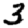
Digit: 3